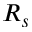
R _ { s }